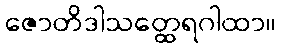
ဇောတိဒါသတ္ထေရဂါထာ။